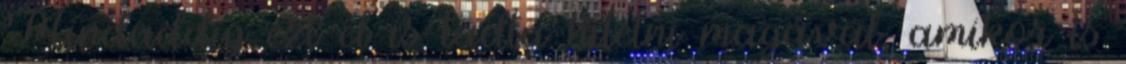
Mindaddig ezt el is tudta hitetni magával, amikor is